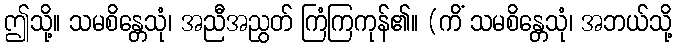
ဤသို့။ သမစိန္တေသုံ၊ အညီအညွတ် ကြံကြကုန်၏။ (ကိံ သမစိန္တေသုံ၊ အဘယ်သို့